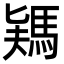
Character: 𩣎